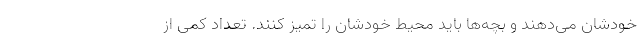
خودشان می‌دهند و بچه‌ها باید محیط خودشان را تمیز کنند. تعداد کمی از